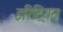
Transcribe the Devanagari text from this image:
इरिट्रियन